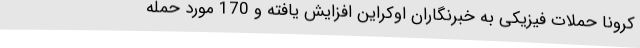
کرونا حملات فیزیکی به خبرنگاران اوکراین افزایش یافته و 170 مورد حمله